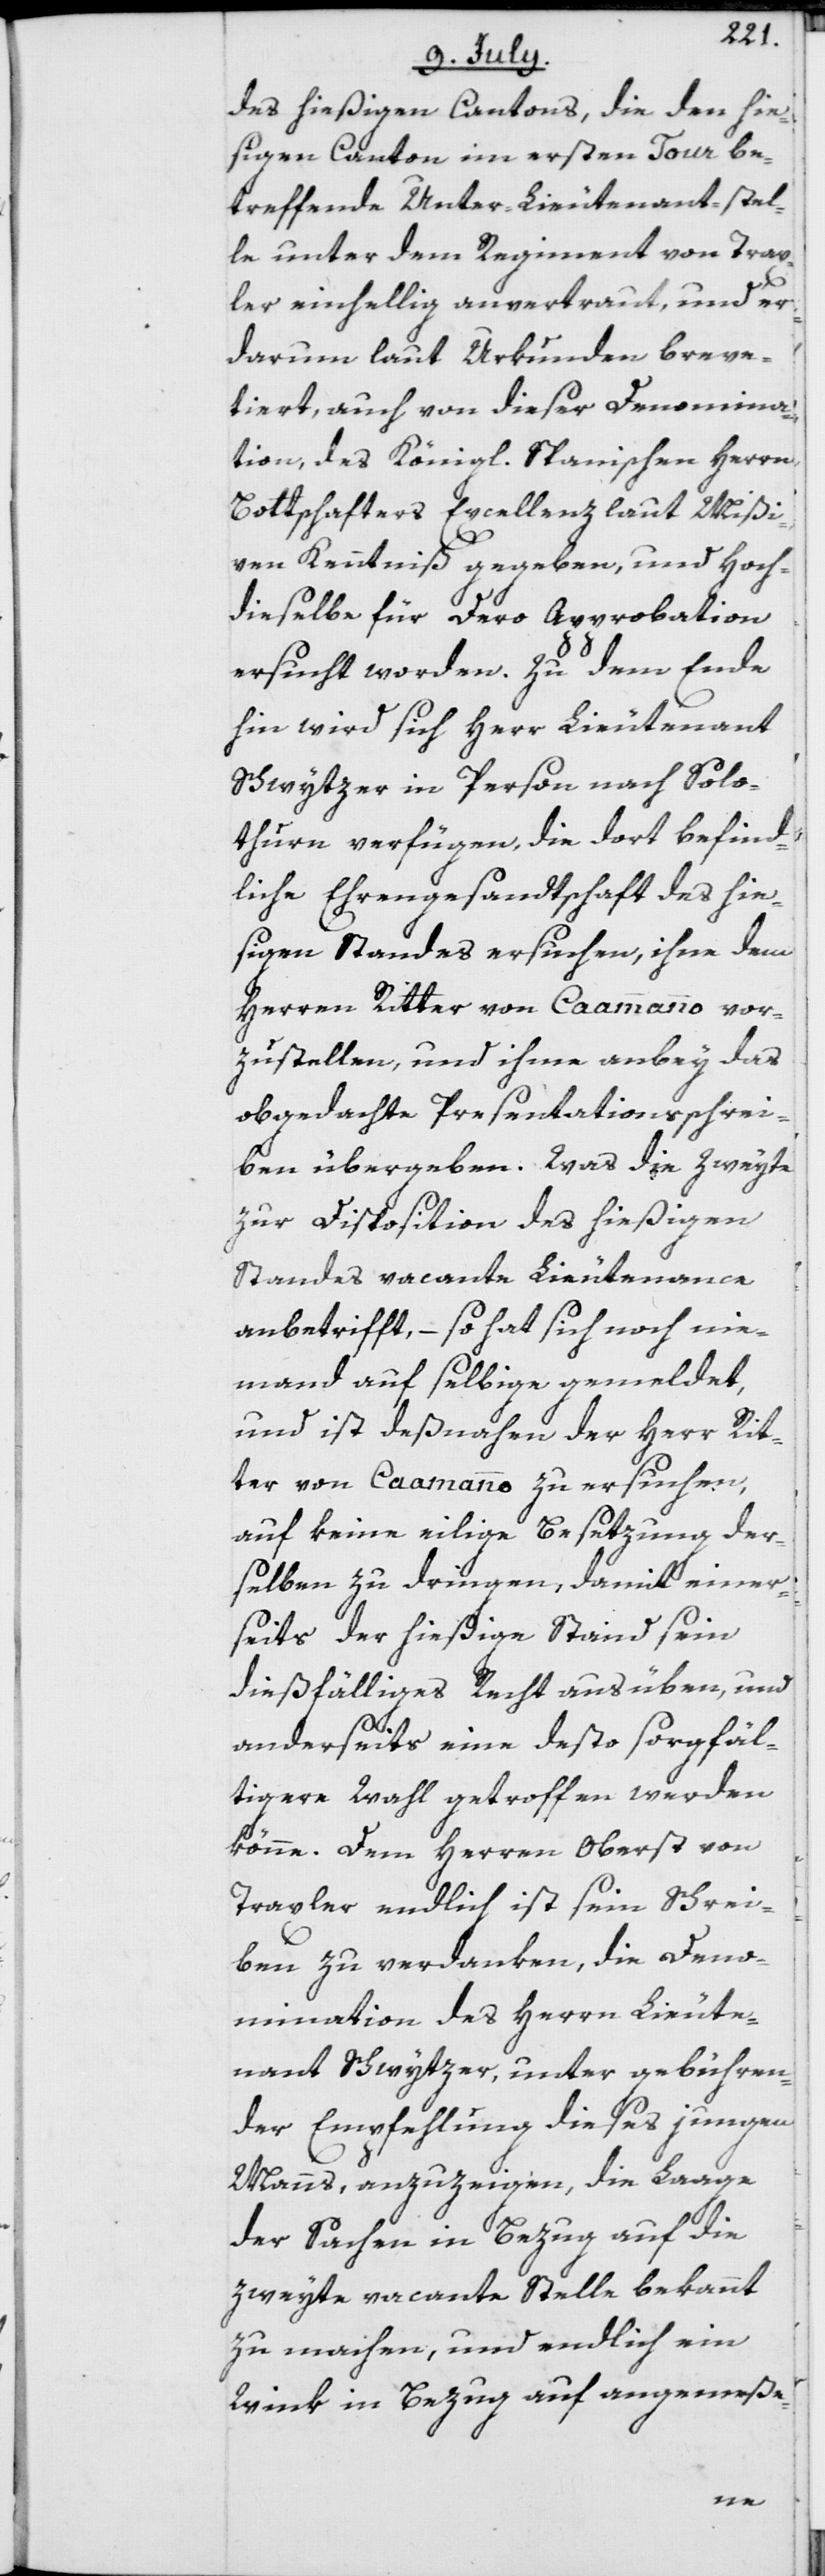
des hießigen Cantons, die den hie¬
sigen Canton im ersten Tour be¬
treffende Unter-Lieutenant-stel¬
le unter dem Regiment von Trax¬
ler einhellig anvertraut, und er
darum laut Urkunden breve¬
tiert, auch von dieser Denomina¬
tion, des Königl. Spanischen Herrn
Bottschafters Excellenz laut Mißi¬
ven Kenntniß gegeben, und Hoch¬
dieselbe für Dero Approbation
ersucht worden. Zu dem Ende
hin wird sich Herr Lieutenant
Schwytzer in Person nach Solo¬
thurn verfügen, die dort befind¬
liche Ehrengesandtschaft des hie¬
sigen Standes ersuchen, ihne dem
Herren Ritter von Caammanno vor¬
zustellen, und ihme anbey das
obgedachte Presentationsschrei¬
ben übergeben. Was die zweyte
zur Disposition des hießigen
Standes vacante Lieutenance
anbetrifft, – so hat sich noch nie¬
mand auf selbige gemeldet,
und ist deßnahen der Herr Rit¬
ter von Caamanno zu ersuchen,
auf keine eilige Besetzung der¬
selben zu dringen, damit einer¬
seits der hießige Stand sein
dießfälliges Recht ausüben, und
anderseits eine desto sorgfäl¬
tigere Wahl getroffen werden
könne. Dem Herren Oberst von
Traxler endlich ist sein Schrei¬
ben zu verdanken, die Deno¬
mination des Herrn Lieute¬
nant Schwytzer, unter gebühren¬
der Empfehlung dieses jungen
Manns, anzuzeigen, die Laage
der Sachen in Bezug auf die
zweyte vacante Stelle bekannt
zu machen, und endlich ein
Wink in Bezug auf angemeße-